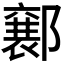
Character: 𮠍